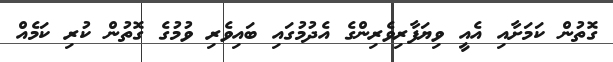
ގޮތުން ކަމަށާއި އެއީ ވިޔަފާރިވެރިންގެ އެދުމުގައި ބައިވެރި ވުމުގެ ގޮތުން ކުރި ކަމެއް